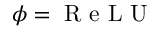
\phi = \mathrm { ~ R ~ e ~ L ~ U ~ }